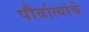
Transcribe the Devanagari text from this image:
पौर्वात्यांचे